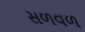
સળવળ